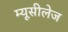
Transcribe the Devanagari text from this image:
म्यूसीलेज